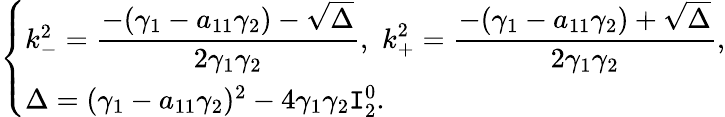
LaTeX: \left\{ \begin{array}{ll}{k_{-}^{2}=\displaystyle\frac{-(\gamma_{1}-a_{11}\gamma_{2})-\sqrt{\Delta}}{2\gamma_{1}\gamma_{2}},\, \, k_{+}^{2}=\displaystyle\frac{-(\gamma_{1}-a_{11}\gamma_{2})+\sqrt{\Delta}}{2\gamma_{1}\gamma_{2}},}\\ {\Delta=(\gamma_{1}-a_{11}\gamma_{2})^{2}-4\gamma_{1}\gamma_{2}\texttt I_{2}^{0}.}\end{array}\right.